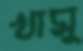
খামু